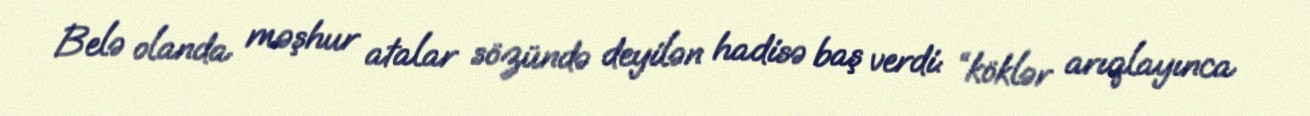
Belə olanda məşhur atalar sözündə deyilən hadisə baş verdi: “köklər arıqlayınca